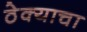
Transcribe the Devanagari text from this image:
ठेक्याचा